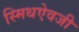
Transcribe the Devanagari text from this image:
स्मिथऐवजी